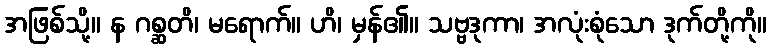
အဖြစ်သို့။ န ဂစ္ဆတိ၊ မရောက်။ ဟိ၊ မှန်၏။ သဗ္ဗဒုကာ၊ အလုံးစုံသော ဒုက်တို့ကို။